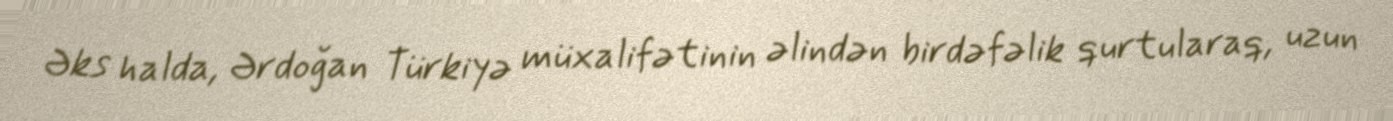
Əks halda, Ərdoğan Türkiyə müxalifətinin əlindən birdəfəlik qurtularaq, uzun